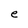
Character: e